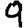
Digit: 9